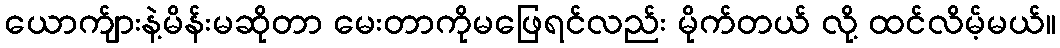
ယောက်ျားနဲ့မိန်းမဆိုတာ မေးတာကိုမဖြေရင်လည်း မိုက်တယ် လို့ ထင်လိမ့်မယ်။